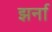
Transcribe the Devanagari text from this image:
झर्ना